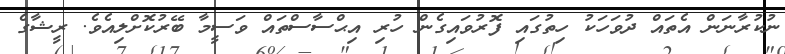
ނުކުރާނަން އެތައް ދުވަހަކު ހިތުގައި ފޮރުވައިގެން ހުރި އިޙްސާސްތައް ވަސީމާ ބޭރުކޮށްލިއެވެ. ރީޝާގެ